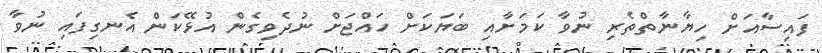
ފައިސާއަށް ހިޔާނާތްތެރި ނުވާ ކަމަށާއި ބަޔަކަށް ހައްޖަށް ނުދެވިގެން އުޅޭކަން އެނގިފައި ނުވާ